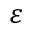
\varepsilon